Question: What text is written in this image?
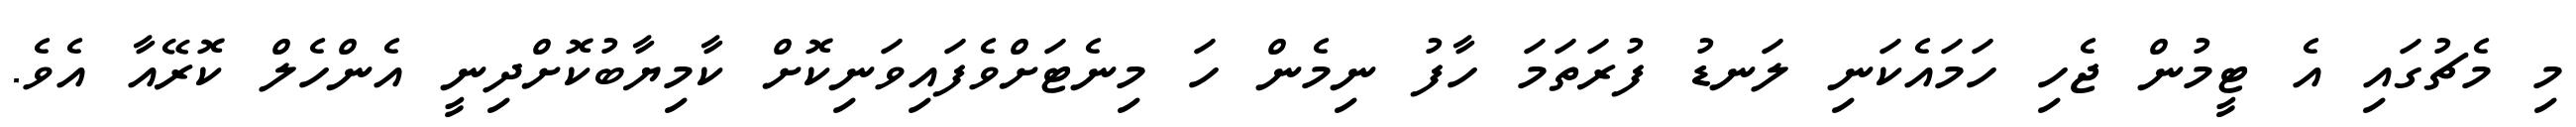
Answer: މި މެޗުގައި އެ ޓީމުން ޖެހި ހަމައެކަނި ލަނޑު ފުރަތަމަ ހާފު ނިމެން ހަ މިނެޓަށްވެފައިވަނިކޮށް ކާމިޔާބުކޮށްދިނީ އެންހެލް ކޮރޭއާ އެވެ.